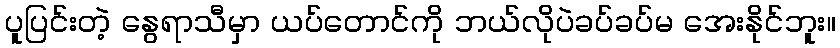
ပူပြင်းတဲ့ နွေရာသီမှာ ယပ်တောင်ကို ဘယ်လိုပဲခပ်ခပ်မ အေးနိုင်ဘူး။